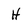
Character: H